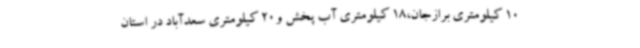
10 کیلومتری برازجان،18 کیلومتری آب پخش و20 کیلومتری سعدآباد در استان